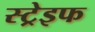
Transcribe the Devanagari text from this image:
स्ट्रेइफ